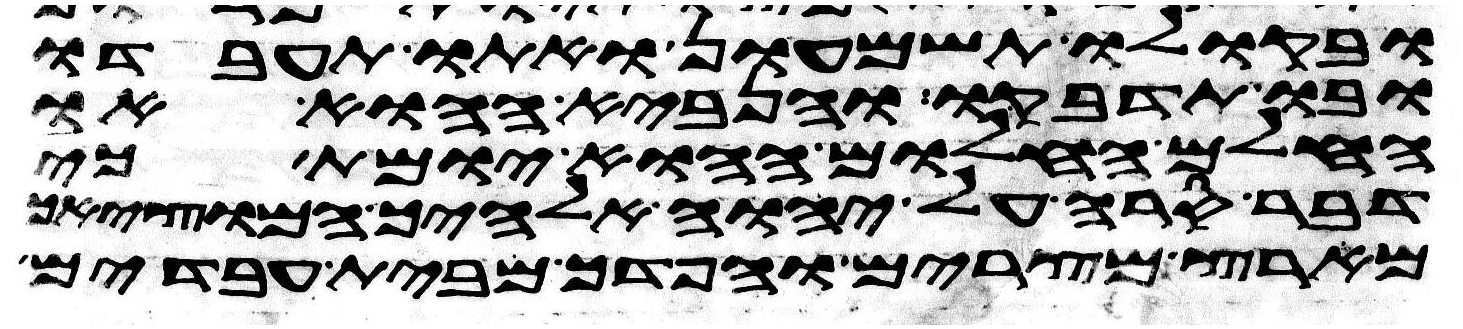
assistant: ובקולו תשמעון ואתו תעבדו
ובו תדבקו והנביא ההוא או
החלם החלום ההוא יומת כי
דבר סרה על יהוה אלהיך המוציאך
מארץ מצרים והפדך מבית עבדים